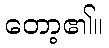
တော့၏။